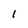
Character: 1